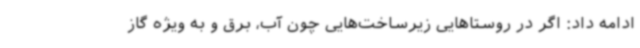
ادامه داد: اگر در روستاهایی زیرساخت‌هایی چون آب، برق و به ویژه گاز